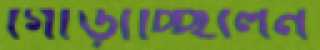
গোঁড়াচ্ছিলেন